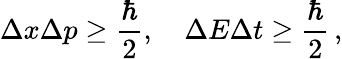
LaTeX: \Delta x\Delta p\geq{\frac{\hbar}{2}},\quad\Delta E\Delta t\geq{\frac{\hbar}{2}}\, ,